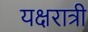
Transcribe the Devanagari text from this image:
यक्षरात्री